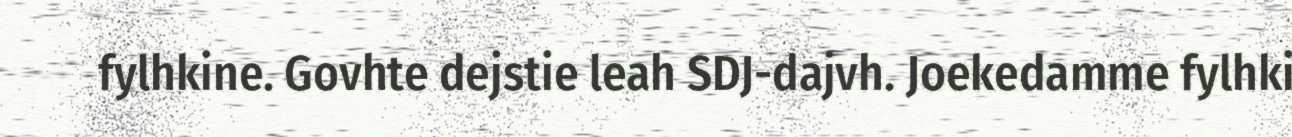
fylhkine. Govhte dejstie leah SDJ-dajvh. Joekedamme fylhki